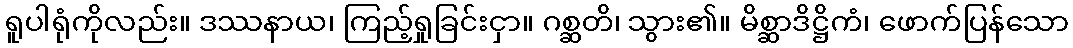
ရူပါရုံကိုလည်း။ ဒဿနာယ၊ ကြည့်ရှုခြင်းငှာ။ ဂစ္ဆတိ၊ သွား၏။ မိစ္ဆာဒိဋ္ဌိကံ၊ ဖောက်ပြန်သော